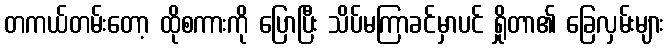
တကယ်တမ်းတော့ ထိုစကားကို ပြောပြီး သိပ်မကြာခင်မှာပင် ရှိုတာ၏ ခြေလှမ်းများ